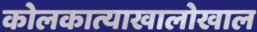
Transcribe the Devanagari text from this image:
कोलकात्याखालोखाल